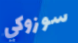
سوزوكي